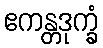
ဧကန္တဒုက္ခံ